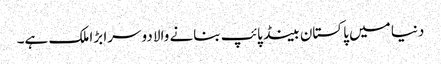
دنیا میں پاکستان بینڈ پائپ بنانے والا دوسرا بڑا ملک ہے۔